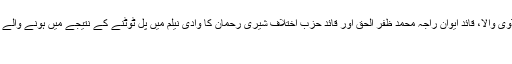
چیئرمین سینیٹ محمدصادق سنجرانی، ڈپٹی چیئرمین سینیٹ سلیم مانڈوی والا، قائد ایوان راجہ محمد ظفر الحق اور قائد حزب اختلاف شیری رحمان کا وادی نیلم میں پل ٹوٹنے کے نتیجے میں ہونے والے حادثے اور قیمتی جانوں کے ضیاع پر گہرے دکھ اور رنج کا اظہار
اسلام آباد ۔